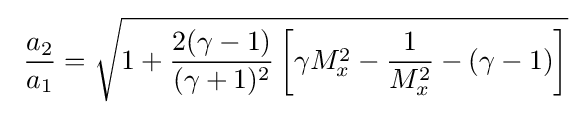
\ {\frac {a_{2}}{a_{1}}}={\sqrt {1+{\frac {2(\gamma -1)}{(\gamma +1)^{2}}}\left[\gamma M_{x}^{2}-{\frac {1}{M_{x}^{2}}}-(\gamma -1)\right]}}